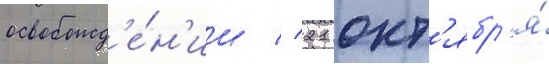
освобожд'е́н'ии // 21 окт'ябр'я́